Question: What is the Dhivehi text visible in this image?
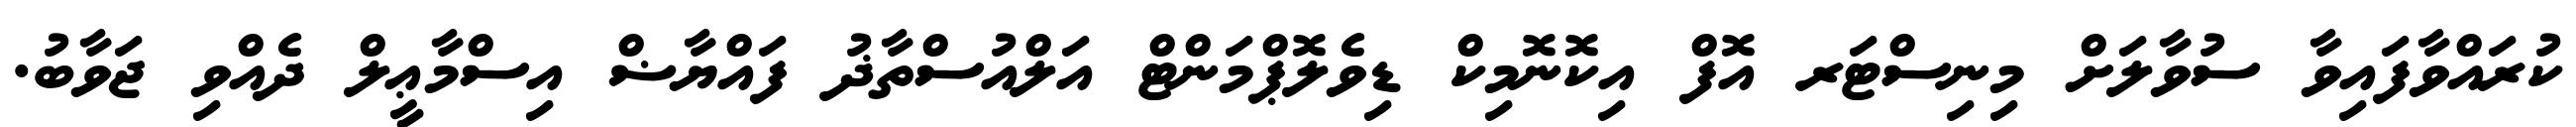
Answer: ކުރައްވާފައިވާ ސުވާލަށް މިނިސްޓަރ އޮފް އިކޮނޮމިކް ޑިވެލޮޕްމަންޓް އަލްއުސްތާޛު ފައްޔާޟް އިސްމާޢީލް ދެއްވި ޖަވާބު.